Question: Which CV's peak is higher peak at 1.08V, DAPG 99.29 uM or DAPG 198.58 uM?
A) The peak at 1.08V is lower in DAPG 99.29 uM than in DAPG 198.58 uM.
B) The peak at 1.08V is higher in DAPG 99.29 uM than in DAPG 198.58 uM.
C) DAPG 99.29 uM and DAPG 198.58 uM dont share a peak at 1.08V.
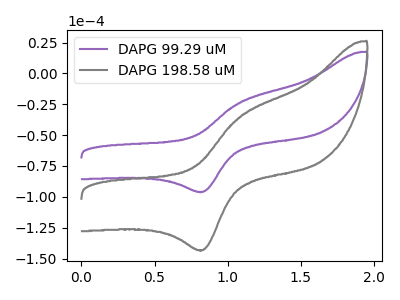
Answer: <think>The purple curve "DAPG 99.29 uM" has an anodic peak at (1.10V, -23.70uA) and a cathodic peak at (0.85V, -95.95uA). The gray curve "DAPG 198.58 uM" has an anodic peak at (1.10V, -35.35uA) and a cathodic peak at (0.85V, -143.15uA).</think>
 <answer>B) The peak at 1.08V is higher in "DAPG 99.29 uM" than in "DAPG 198.58 uM".</answer>
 <eval>B</eval>